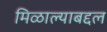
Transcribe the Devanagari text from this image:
मिळाल्याबद्दल